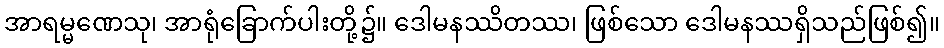
အာရမ္မဏေသု၊ အာရုံခြောက်ပါးတို့၌။ ဒေါမနဿိတဿ၊ ဖြစ်သော ဒေါမနဿရှိသည်ဖြစ်၍။